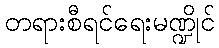
တရားစီရင်ရေးမဏ္ဍိုင်